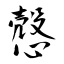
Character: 慤